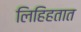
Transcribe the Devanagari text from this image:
लिहिहतात